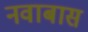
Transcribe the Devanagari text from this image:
नवाबास